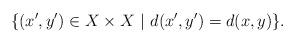
LaTeX: \begin{align*} \{(x',y')\in X\times X\ |\ d(x',y') = d(x,y)\}. \end{align*}